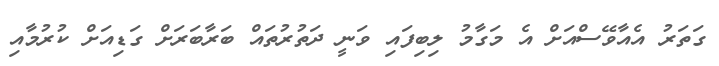
ގަތަރު އެއާވޭސްއަށް އެ މަގާމު ލިބިފައި ވަނީ ދަތުރުތައް ބަރާބަރަށް ގަޑިއަށް ކުރުމާއި